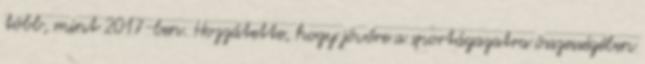
több, mint 2017-ben. Hozzátette, hogy jövőre a sportágazatra összességében